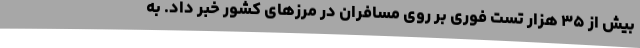
بیش از ۳۵ هزار تست فوری بر روی مسافران در مرزهای کشور خبر داد. به